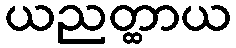
ယညတ္ထာယ